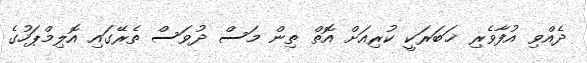
ދެއްވި އުފާވެރި ޚަބަރަކީ ކުރިއަށް އޮތް ތިން މަސް ދުވަސް ތެރޭގައި އޮލިމްޕަހުގެ